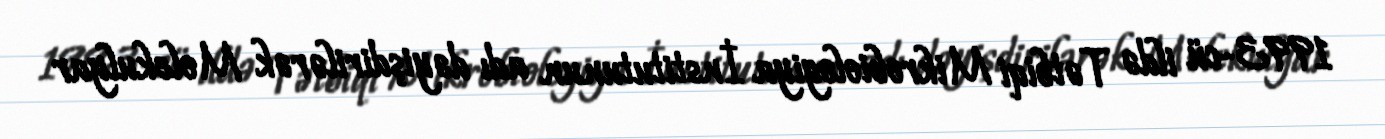
1993-cü ildə Tətbiqi Mikrobiologiya İnstitutunun adı dəyişdirilərək Molekulyar